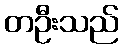
တဦးသည်